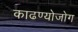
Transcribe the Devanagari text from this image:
काढण्योजोग